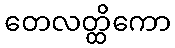
တေလတ္ထိကော